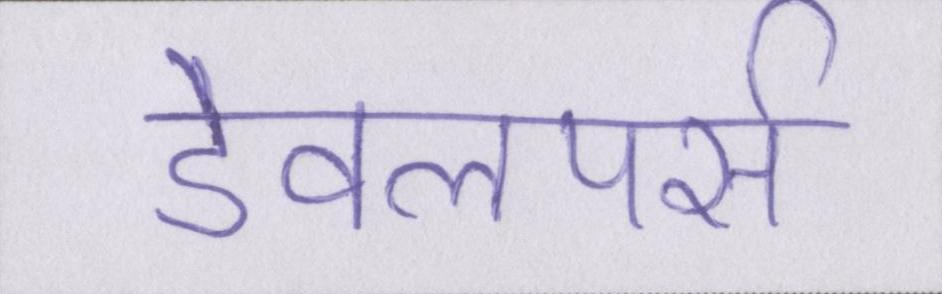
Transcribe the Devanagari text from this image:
डेवलपर्स